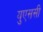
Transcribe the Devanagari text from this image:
युएससी